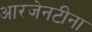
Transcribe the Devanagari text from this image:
आरजेनटीना